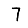
Digit: 7